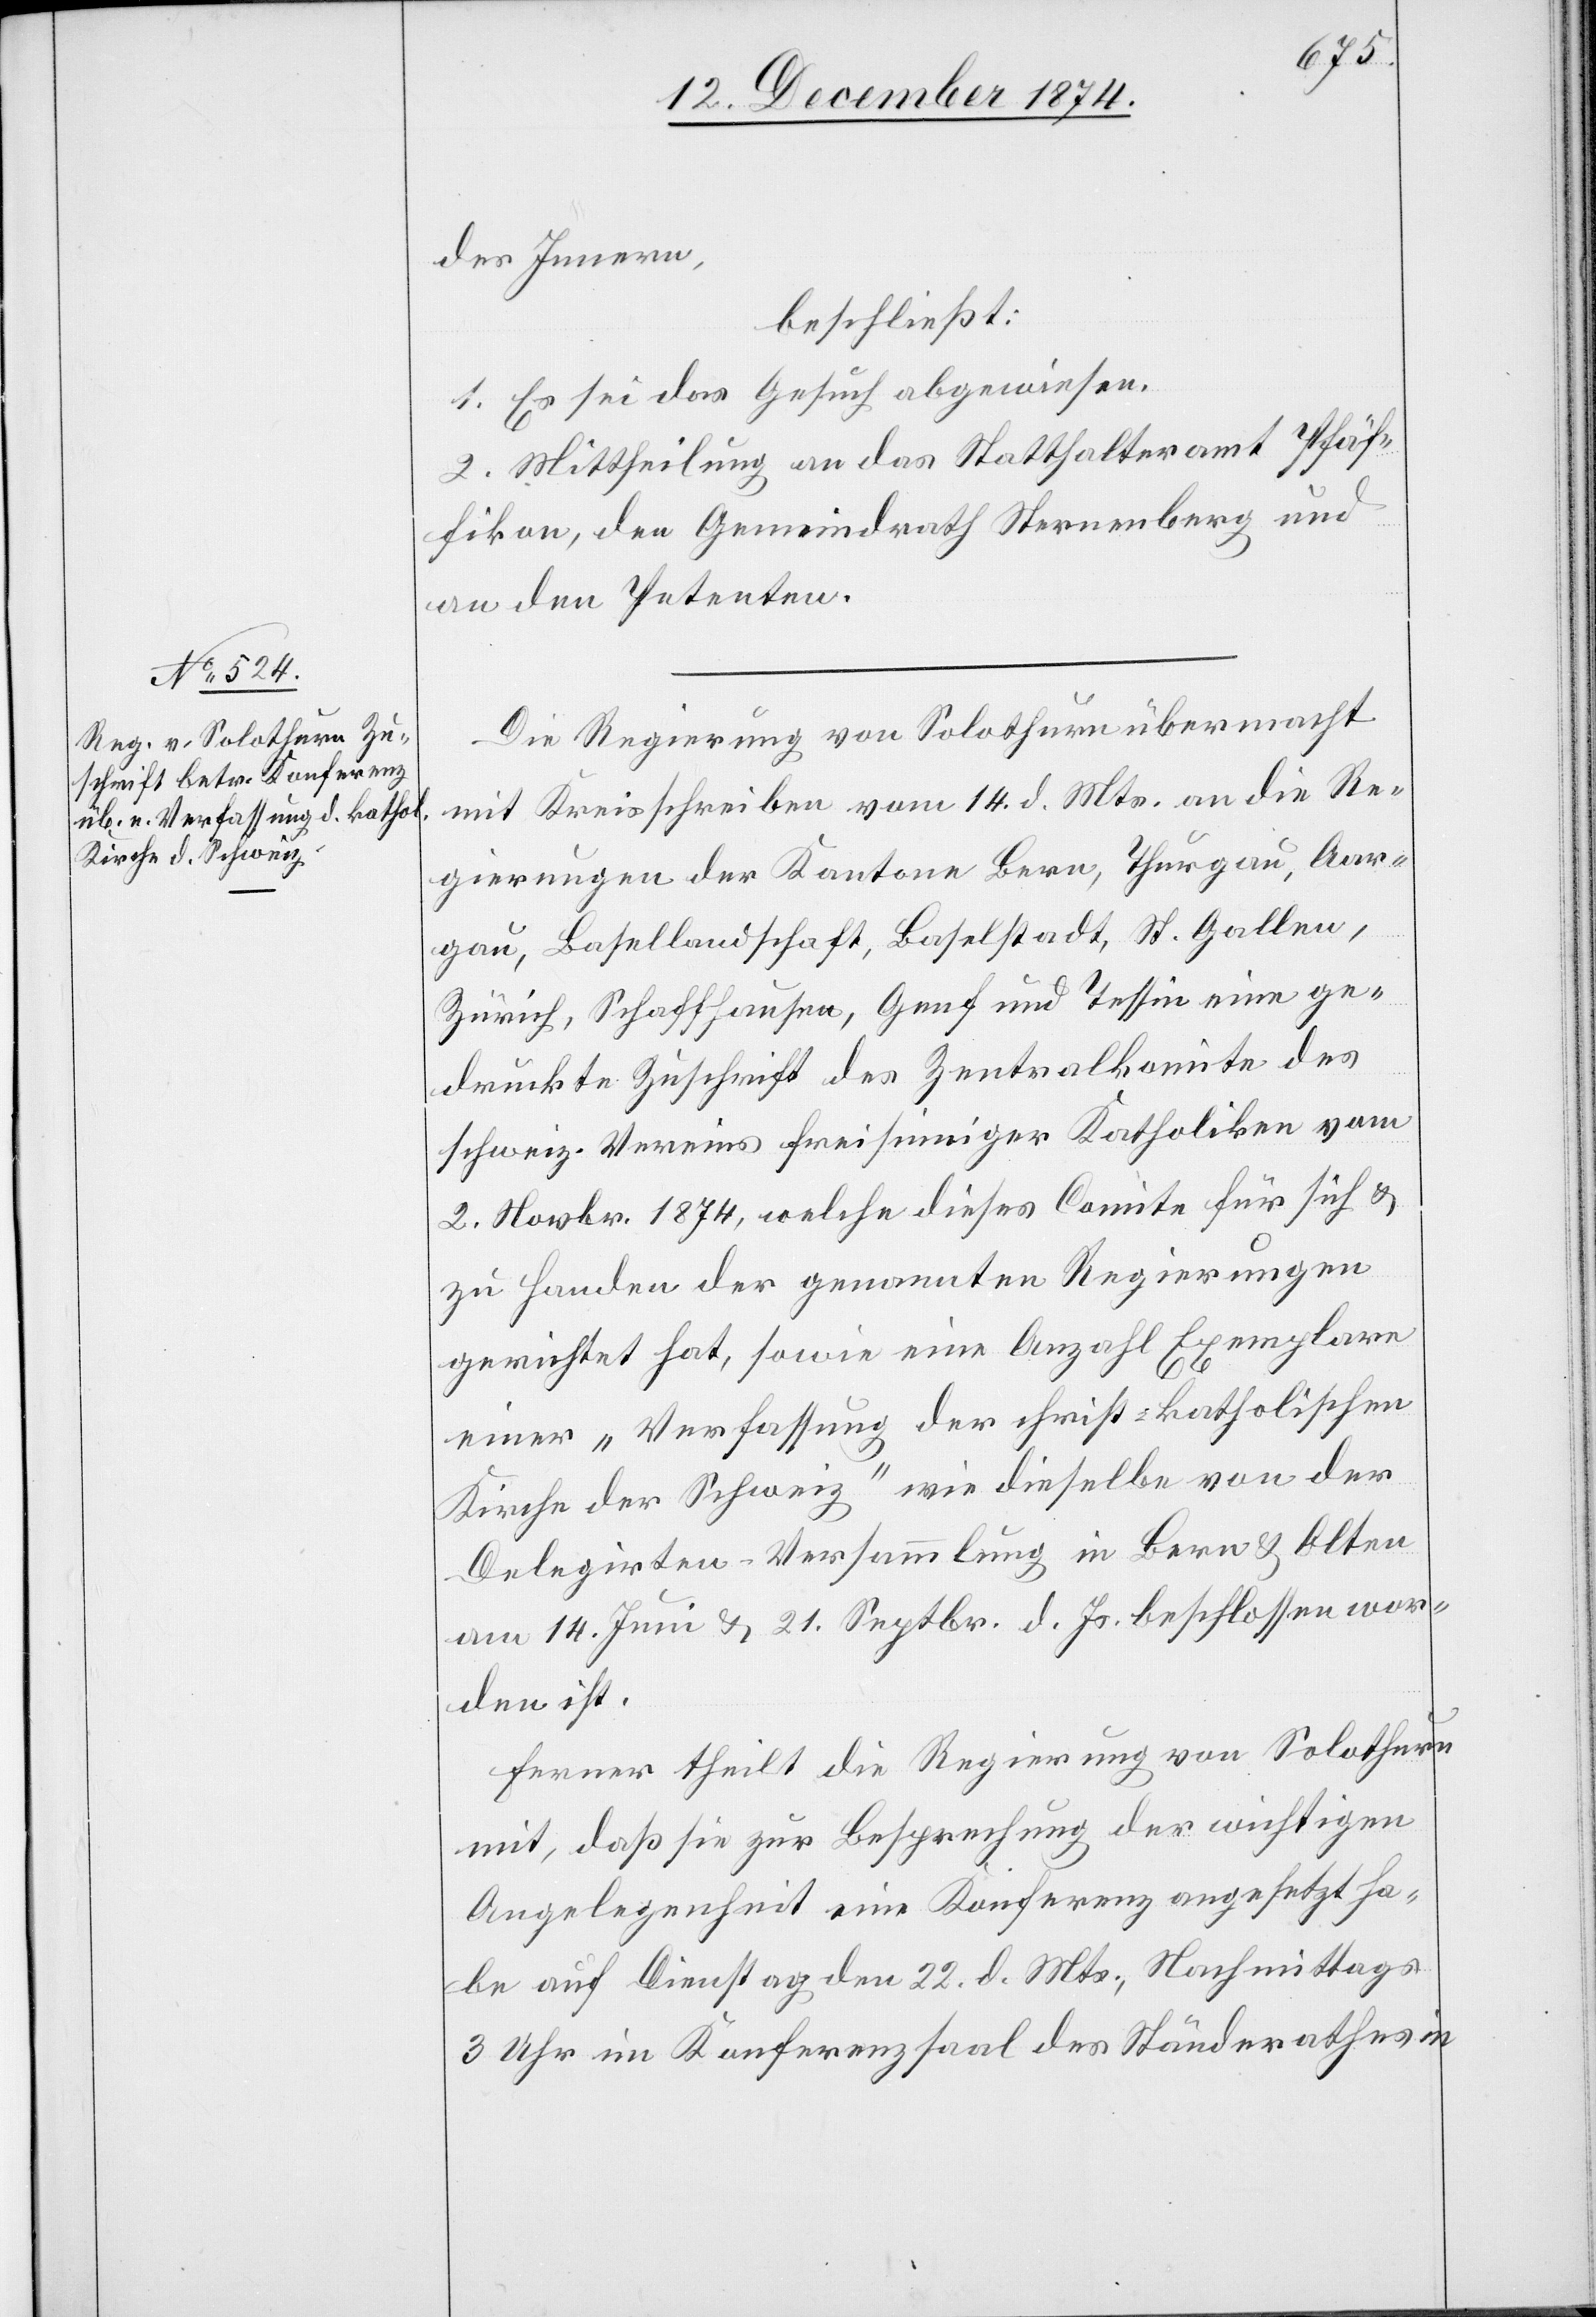
16. Dezember 1874.]
des Innern,
beschließt:
1. Es sei das Gesuch abgewiesen.
2. Mittheilung an das Statthalteramt Pfäf¬
fikon, den Gemeindrath Sternenberg und
an den Petenten.
Die Regierung von Solothurn übermacht
mit Kreisschreiben vom 14. d. Mts. an die Re¬
gierungen der Kantone Bern, Thurgau, Aar¬
gau, Basellandschaft, Baselstadt, St. Gallen,
Zürich, Schaffhausen, Genf und Tessin eine ge¬
druckte Zuschrift des Zentralkomite des
schweiz. Vereins freisinniger Katholiken vom
2. Novbr. 1874, welche dieses Comite für sich &
zu Handen der genannten Regierungen
gerichtet hat, sowie eine Anzahl Exemplare
einer „Verfassung der christ-katholischen
Kirche der Schweiz“ wie dieselbe von der
Delegirten-Versammlung in Bern & Olten
am 14. Juni & 21. Septbr. d. Js. beschlossen wor¬
den ist.
Ferner theilt die Regierung von Solothurn
mit, daß sie zur Besprechung der wichtigen
Angelegenheit eine Konferenz angesetzt ha¬
be auf Dienstag den 22. d. Mts., Nachmittags
3 Uhr im Konferenzsaal des Ständerathes in